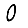
Digit: 0